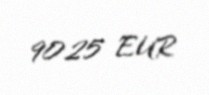
9025 EUR